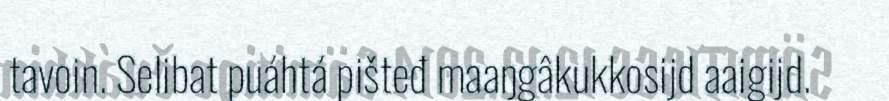
tavoin. Selibat puáhtá pišteđ maaŋgâkukkosijd aaigijd.